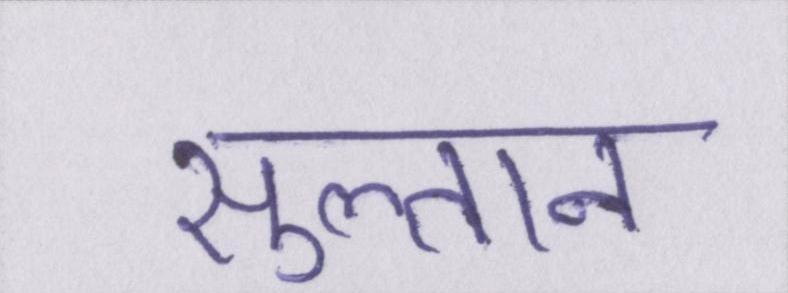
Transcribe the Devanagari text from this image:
सुल्तान